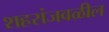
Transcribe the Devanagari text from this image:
शहरांजवळील